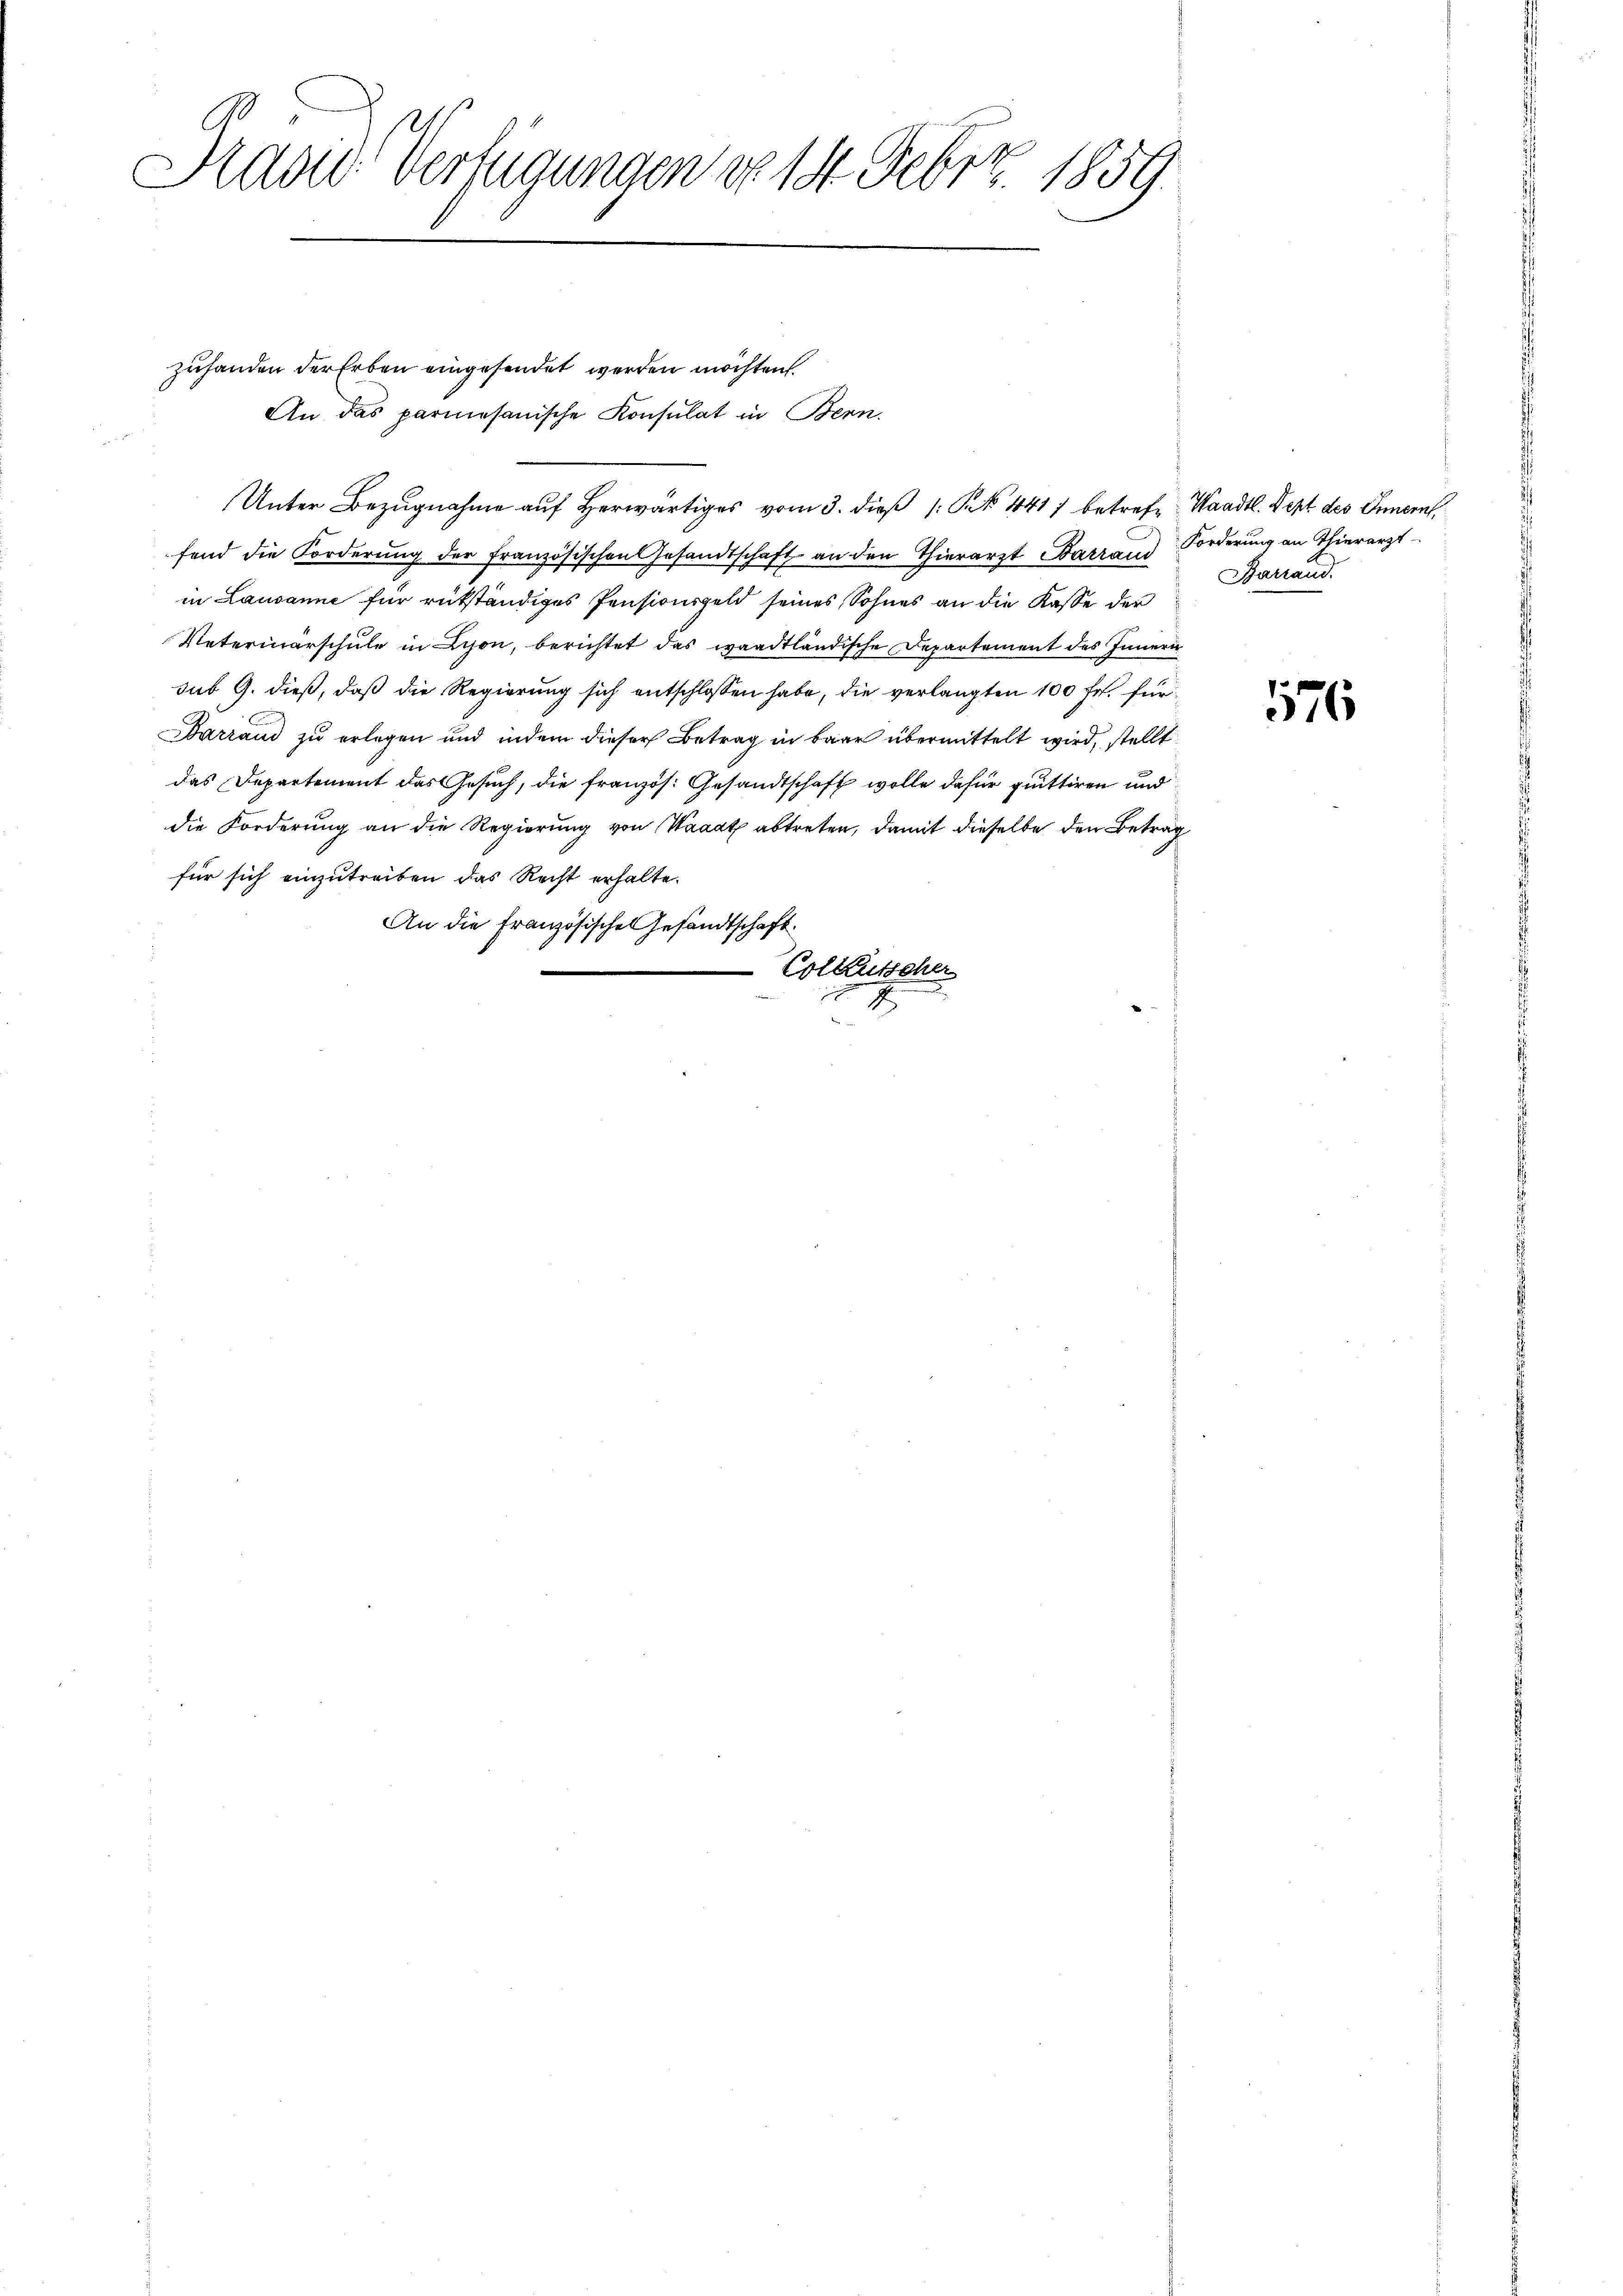
Radd Verfügungen vo 14. Febr. 1859.

zuhanden der Erben eingesendet werden möchten.
An das parmesanische Konsulat in Bern,
Unter Bezugnahme aŭf herwärtiges vom 3. dieβ Kt. 441) betrefe, Waadt. Sept des Innern,
fond die Forderung der französischen Gesandtschaft an den Thierarzt Barrand
in Lausanne für rükständiges Pensionsgeld seines Sohnes an die Kasse der
Vaterinärschule in Lyon, berichtet das waadtländische Departement des Innern
sub 9. dieß, daß die Regierung sich entschlossen habe, die verlangten 100 Fr. für¬
Barraud zu erlegen und indem dieser Betrag in baar übermittelt wird, stellt
das Departement das Gesuch, die französ. Gesandtschaft wolle dafür quittiren und
die Forderung an die Regierung von Waadt abtreten, damit dieselbe den Betrag
für sich einzutreiben das Recht erhalte.
An die Französische Gesandtschaft.
Colkutscher
2

Forderung an Thierarzt
Barrand.

176